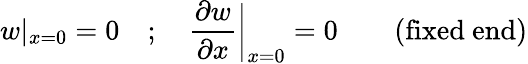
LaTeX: w|_{x=0}=0\quad;\quad{\frac{\partial w}{\partial x}}{\bigg|}_{x=0}=0\qquad{\mathrm{(fixed~end)}}